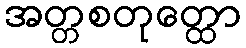
အတ္တစတုတ္ထော